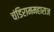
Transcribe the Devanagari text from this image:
चंडिराममहाराज